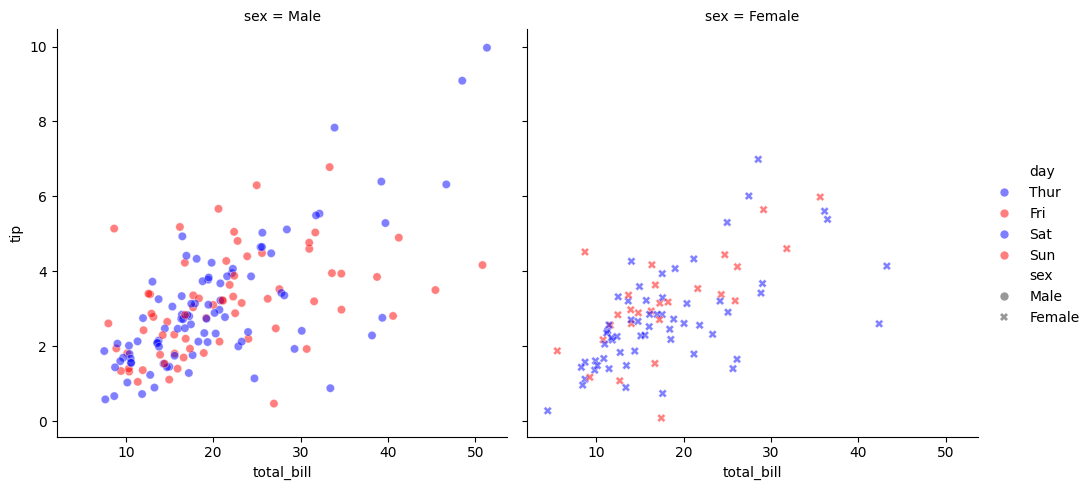
python, seaborn, relplot, alpha=0.5